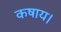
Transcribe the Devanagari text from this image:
कषाय।